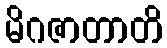
မိဂဇာတာတိ